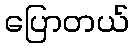
ပြောတယ်